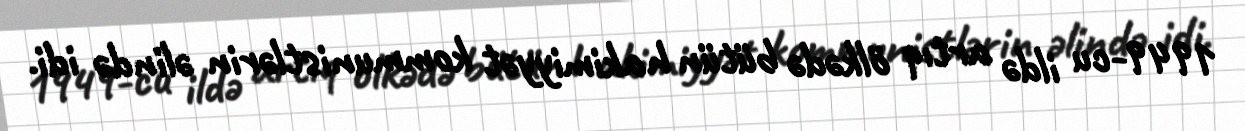
1949-cu ildə artıq ölkədə bütün hakimiyyət kommunistlərin əlində idi.